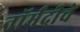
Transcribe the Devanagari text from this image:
नॉर्मंदीचे